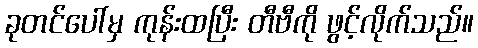
ခုတင်ပေါ်မှ ကုန်းထပြီး တီဗီကို ဖွင့်လိုက်သည်။